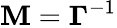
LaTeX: \mathbf{M}=\mathbf{\Gamma}^{-1}